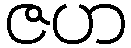
ဇဟ